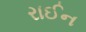
રાઈન